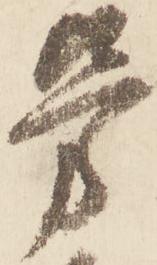
労